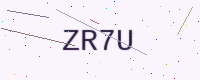
Text: ZR7U